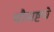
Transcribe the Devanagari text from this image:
चौसष्टचे